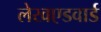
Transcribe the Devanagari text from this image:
लेखएडवार्ड